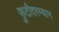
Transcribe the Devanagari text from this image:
फुटीदरम्यान